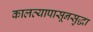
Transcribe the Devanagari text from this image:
कालव्यापासूनसुद्धा